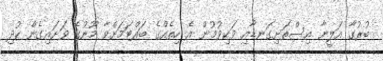
ބުރުގާ އަލީނާ އިސްތަށިގަނޑާއި ވަކިވުމުން އެ ހިތެއްގެ ބައްޓަމަށްވާ މޫނުގެ ވަށައިގެން ކުދި